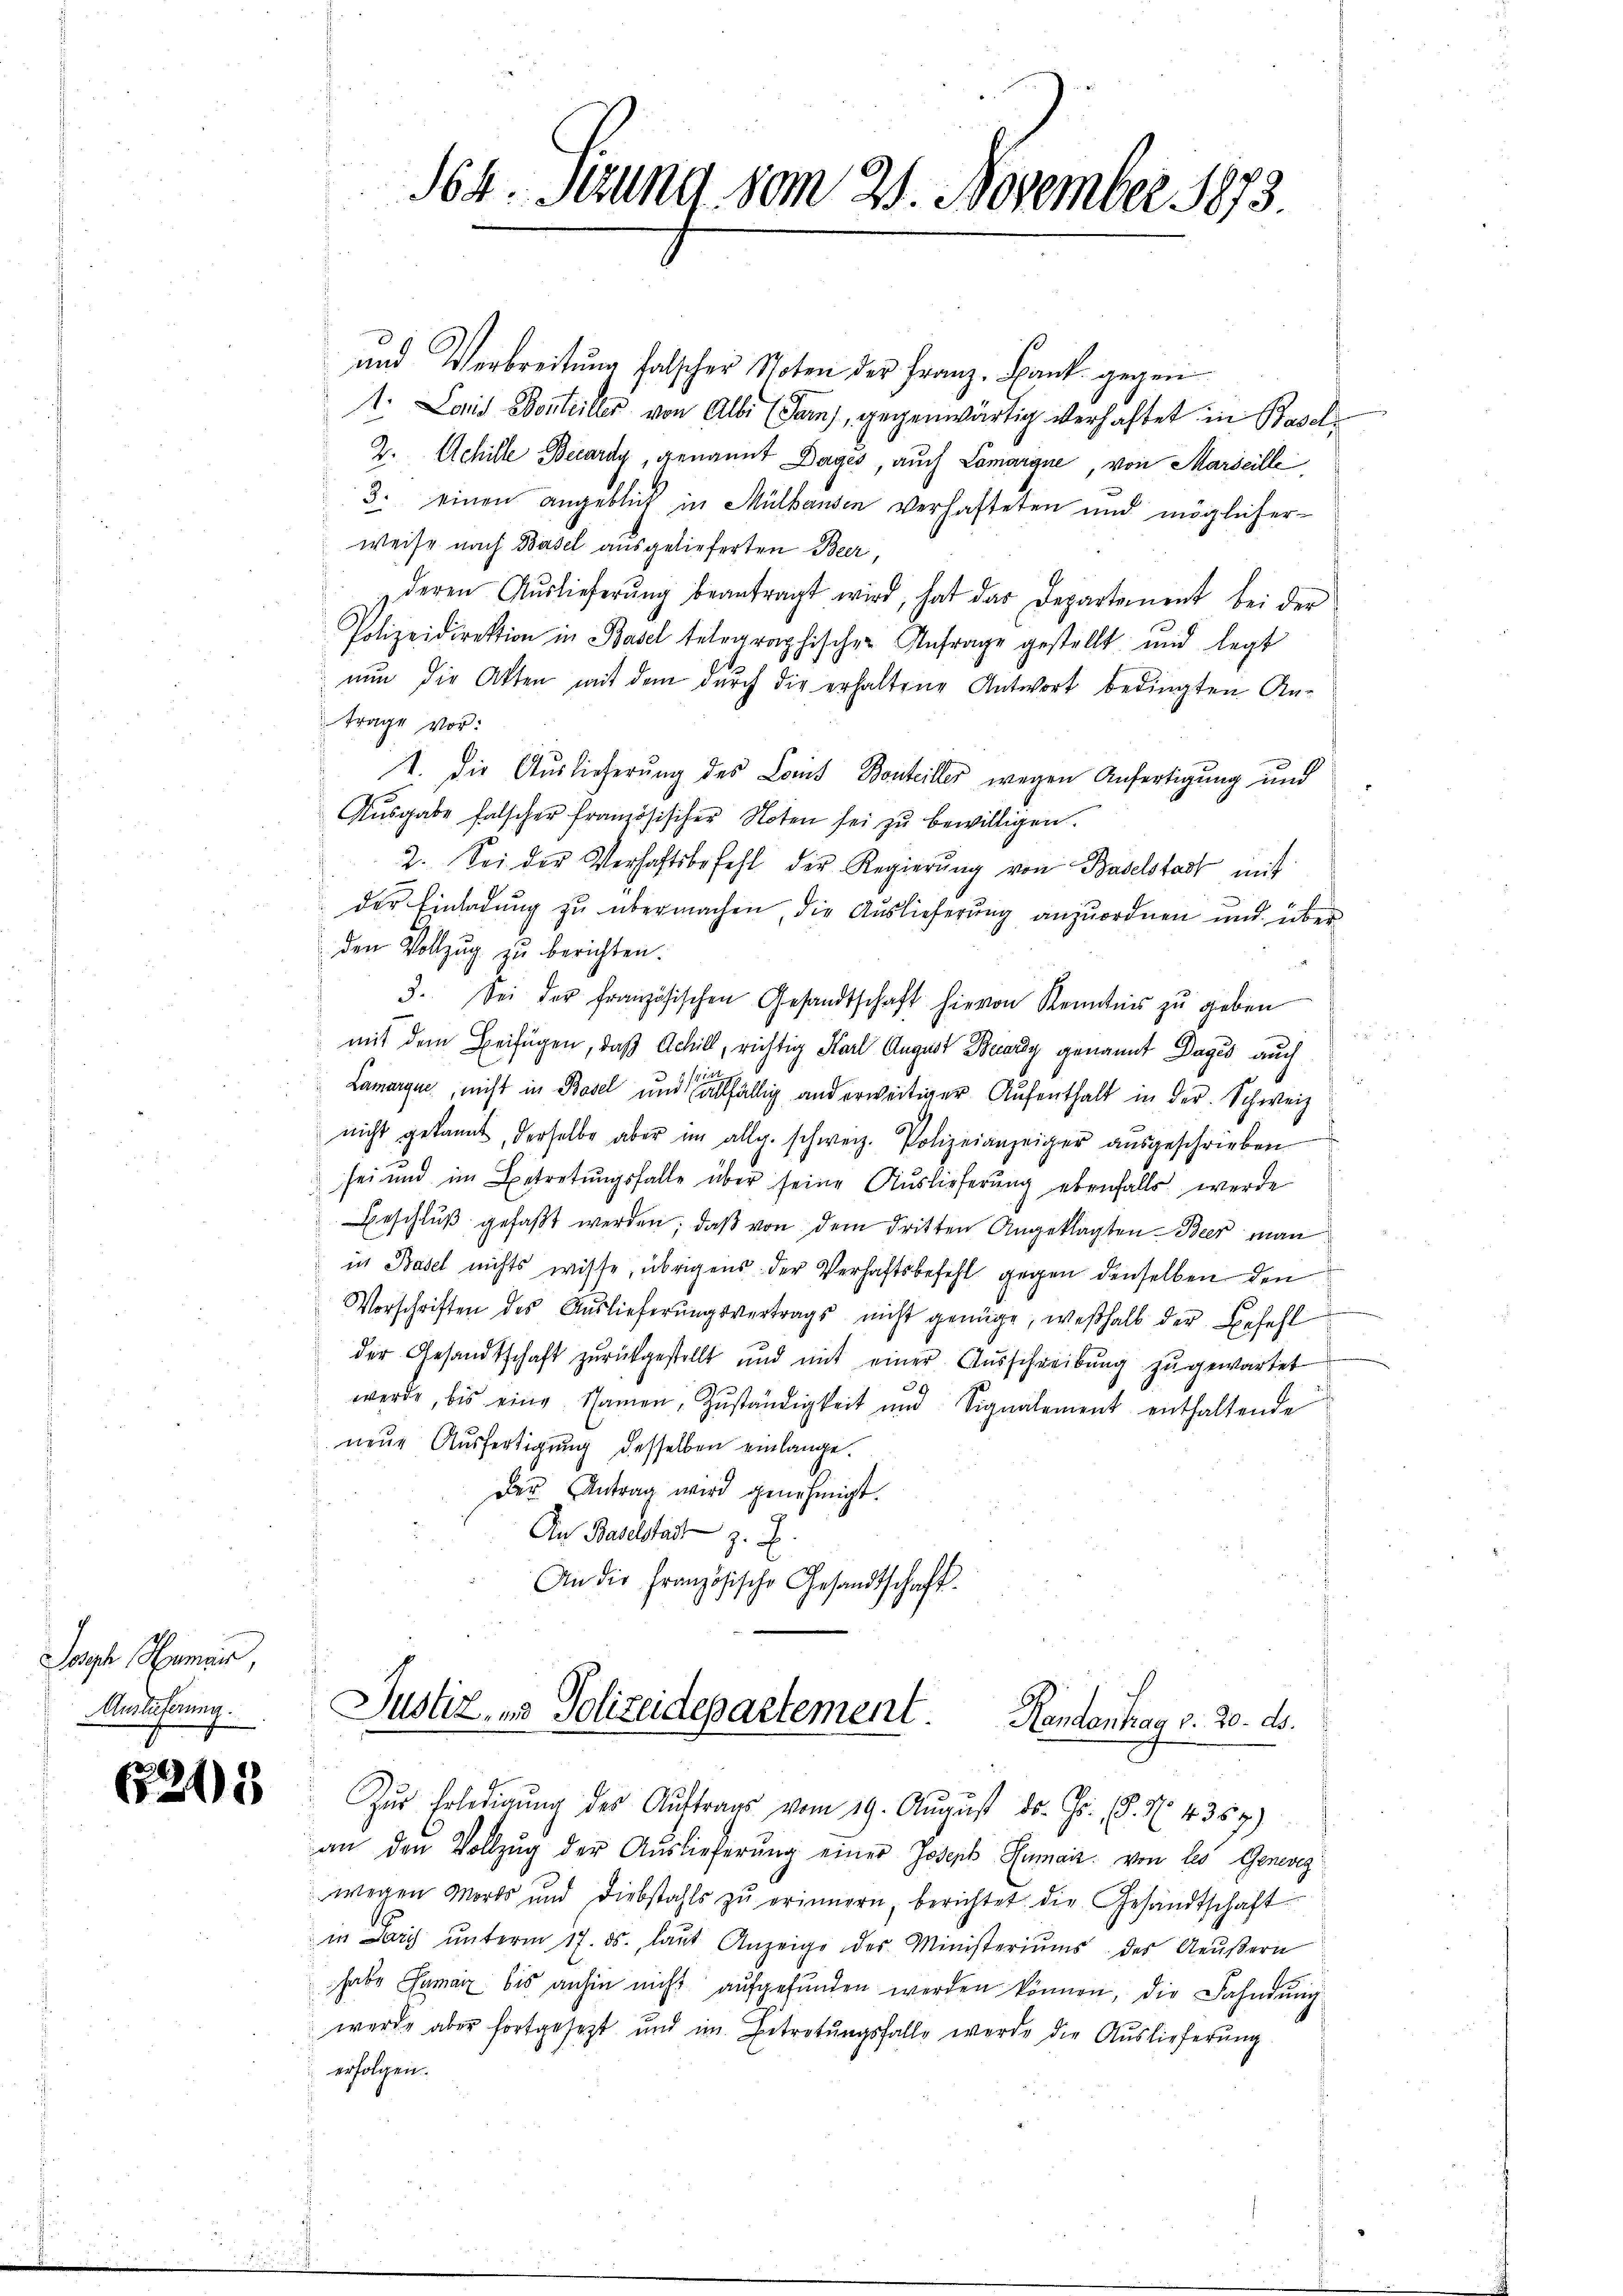
Joseph Hamer,
Auslieferung.

621.

und Verbreitung falscher Noten der Franz, Bank gegen
1. Lois Borteiller von Alle (Tarn), gegenwärtig verhaftet in Basel
2. Achille Becaray, genannt Dages, auch Lamargne, von Marseille
3. einen angeblick in Mülhausen verhafteten und möglicher-
weise nach Basel ausgelieferten Beer,
deren Aŭslieferŭng beantragt wird, hat das Departement bei der
Polizeidirektion in Basel telegraphischen Anfrage gestellt und legt
nun die Akten mit dem durch die erhaltene Antwort bedingten Antrage vor:
I. Die Auslieferung des Lois Bonteiller wegen Anfertigung und
Aŭsgabe falscher französischer Noten sei zŭ bewilligen.
2. Sei der Verhaftsbefehl der Regierŭng von Baselstadt mit
der Einladung zu übermachen, die Auslieferung anzuordnen und über
den Vollzug zu berichten.
3. Sei der französischen Gesandtschaft hievon Kenntnis zŭ geben
mit dem Beifügen, daß Achill, richtig Karl August Buady genannt Dages auch
Lamarque, nicht in Basel und allfällig und erweitiger Aufenthalt in der Schweiz
nicht gekannt, derselbe aber im allg. schweiz. Polizeianzeiger aŭsgeschrieben
 sei und im Betretungsfalle über seine Auslieferung ebenfalls werde
Beschlŭβ gefaßt werden; daß von dem dritten Angeklagten Beer man
in Basel nichts wisse, übrigens der Verhaftsbefehl gegen denselben den
Vorschriften des Aŭslieferŭngsvertrags nicht genüge, weshalb der Befehl
der Gesandtschaft zurückgestellt und mit einer Ausschreibung zugewartet
werde, bis eine Namen, Zuständigkeit und Signalement enthaltende
neue Ausfertigung desselben einlange.
Der Antrag wird genehmigt.
An Baselstadt z. B.
An die Französische Gesandtschaft

Sch. Sitzung vom 21. November 1873.

Justiz- und Polizeidepartement. Handentrag v. 20. ds.

Zŭr Erledigŭng des Aŭftrags vom 19. Aŭgŭst ds. Gs. 8. No. 4357)
an den Vollzŭg der Auslieferŭng einer Joseph Zumaiz von les Geneveg
wegen Morts und Diebstahls zŭ erinnern, berichtet die Gesandtschaft
in arg ŭnterm 17. ds. laŭt Anzeige des Ministeriums des Aeußern
habe Samar bis anhin nicht aufgefunden werden können, die Fahndung
werde aber fortgesetzt und im Betretungsfalle werde die Auslieferung
erfolgen.